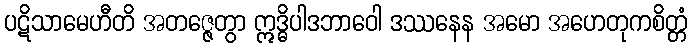
ပဋိသာမေဟီတိ အတဇ္ဇေတွာ ဣဒ္ဓိပါဒဘာဝေါ ဒဿနေန အမော အဟေတုကစိတ္တံ